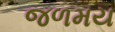
જળમય